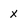
Character: X